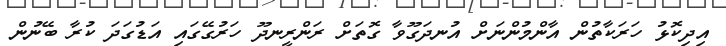
އިދިކޮޅު ހަރަކާތުން އާންމުންނަށް އުނދަގޫވާ ގޮތަށް ރަންރީނދޫ ހަރުގޭގައި އަޑުގަދަ ކުރާ ބޭނުން